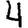
Digit: 4